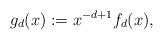
LaTeX: \begin{align*} g_d(x):= x^{-d+1}f_d(x),\end{align*}